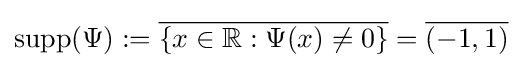
\operatorname {supp} (\Psi ):={\overline {\{x\in \mathbb {R} :\Psi (x)\neq 0\}}}={\overline {(-1,1)}}